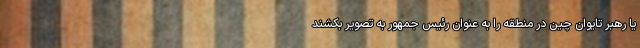
یا رهبر تایوان چین در منطقه را به عنوان رئیس جمهور به تصویر بکشند